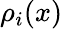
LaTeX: \rho_{i}(x)